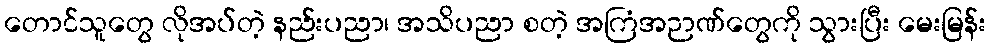
တောင်သူတွေ လိုအပ်တဲ့ နည်းပညာ၊ အသိပညာ စတဲ့ အကြံအဉာဏ်တွေကို သွားပြီး မေးမြန်း